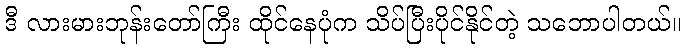
ဒီ လားမားဘုန်းတော်ကြီး ထိုင်နေပုံက သိပ်ပြီးပိုင်နိုင်တဲ့ သဘောပါတယ်။